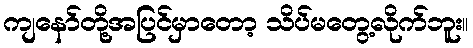
ကျနော်တို့အပြင်မှာတော့ သိပ်မတွေ့လိုက်ဘူး။